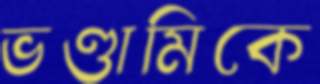
ভণ্ডামিকে